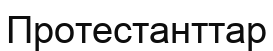
Протестанттар